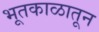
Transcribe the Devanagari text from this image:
भूतकाळातून